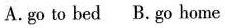
A.go to bed B.go home